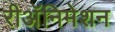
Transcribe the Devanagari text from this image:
रीअॅनिमेशन